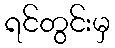
ရင်တွင်းမှ